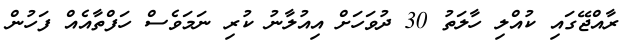
ރާއްޖޭގައި ކުއްލި ހާލަތު 30 ދުވަހަށް އިއުލާނު ކުރި ނަމަވެސް ހަފްތާއެއް ފަހުން